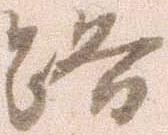
路